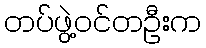
တပ်ဖွဲ့ဝင်တဦးက